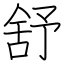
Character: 舒